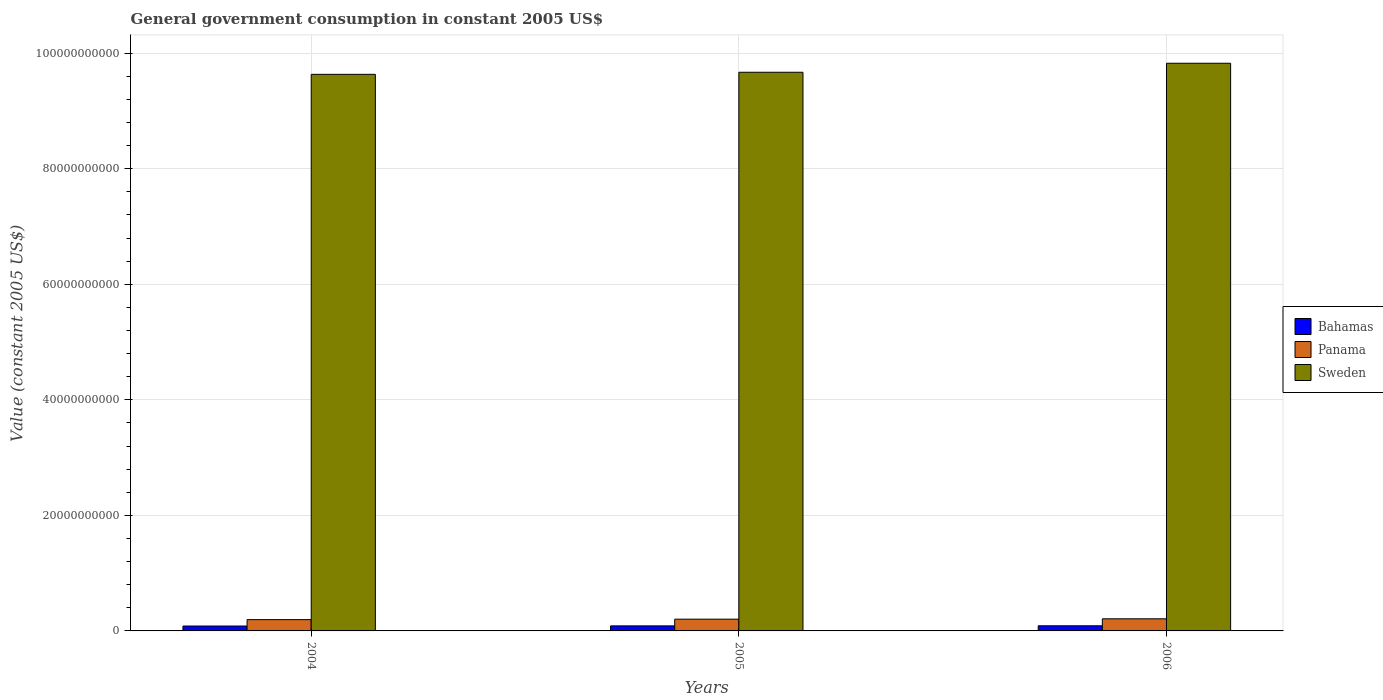
| Years | Bahamas | Panama | Sweden |
 | --- | --- | --- | --- |
 | 2004 | 8.47e+08 | 1.95e+09 | 9.63e+10 |
 | 2005 | 8.73e+08 | 2.03e+09 | 9.67e+10 |
 | 2006 | 8.88e+08 | 2.1e+09 | 9.83e+10 |